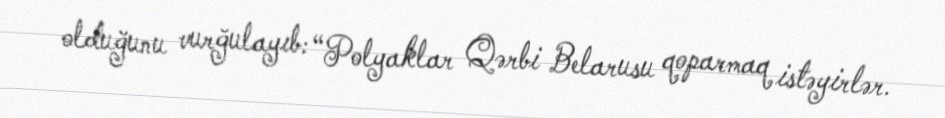
olduğunu vurğulayıb: “Polyaklar Qərbi Belarusu qoparmaq istəyirlər.